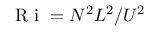
\textrm { R i } = N ^ { 2 } L ^ { 2 } / U ^ { 2 }